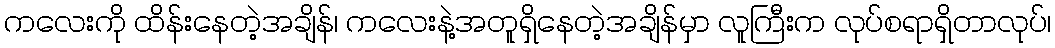
ကလေးကို ထိန်းနေတဲ့အချိန်၊ ကလေးနဲ့အတူရှိနေတဲ့အချိန်မှာ လူကြီးက လုပ်စရာရှိတာလုပ်၊